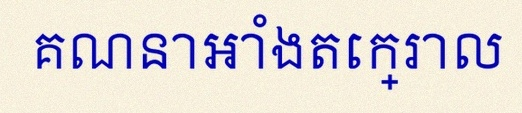
គណនាអាំងតេក្រាល